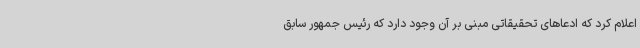
اعلام کرد که ادعاهای تحقیقاتی مبنی بر آن وجود دارد که رئیس جمهور سابق